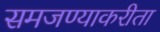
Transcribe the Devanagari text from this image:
समजण्याकरीता